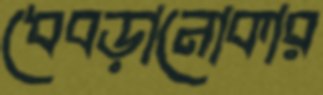
ধেবড়ানোকার